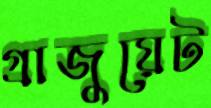
গ্রাজুয়েট